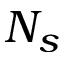
N _ { s }